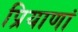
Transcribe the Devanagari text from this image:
प्रियाणां